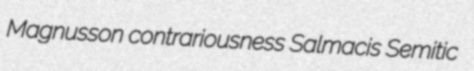
Magnusson contrariousness Salmacis Semitic